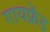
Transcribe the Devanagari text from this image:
गायफ्रेंड